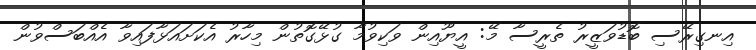
އިނގިރޭސި ބޮޑުވަޒީރު ތެރީސާ މޭ: އީޔޫއިން ވަކިވުމާ ގުޅޭގޮތުން މިހާރު އެކަށައަޅާފައިވާ އެއްބަސްވުން